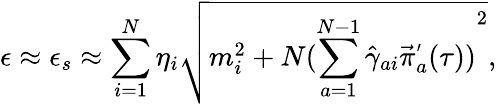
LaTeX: \epsilon\approx\epsilon_{s}\approx\sum_{i=1}^{N}\eta_{i}\sqrt{m_{i}^{2}+N{(\sum_{a=1}^{N-1}{\hat{\gamma}}_{ai}{\vec{\pi}}_{a}^{'}(\tau))}^{2}},